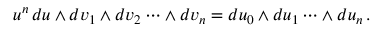
u ^ { n } \, d u \wedge d v _ { 1 } \wedge d v _ { 2 } \cdots \wedge d v _ { n } = d u _ { 0 } \wedge d u _ { 1 } \cdots \wedge d u _ { n } \, .